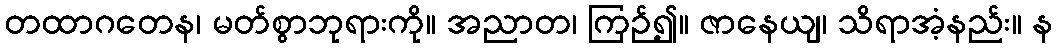
တထာဂတေန၊ မတ်စွာဘုရားကို။ အညာတ၊ ကြဉ်၍။ ဇာနေယျ၊ သိရာအံ့နည်း။ န